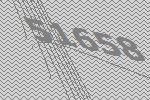
51658